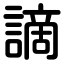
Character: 謫